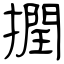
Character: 撋